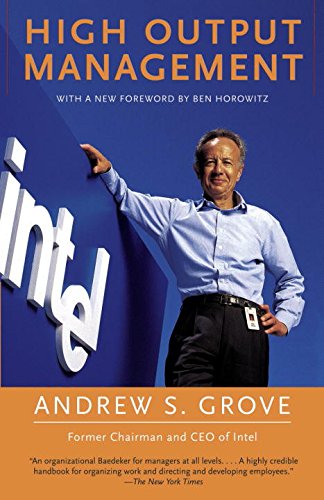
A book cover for High Output Management; Andrew S. Grove; Engineering & Transportation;